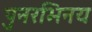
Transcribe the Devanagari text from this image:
पुनरभिनय